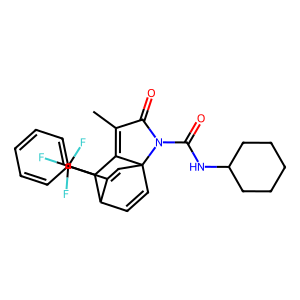
SMILES: CC1=C2C(c3ccccc3)C3C=CC2(C=C3C(F)(F)F)N(C(=O)NC2CCCCC2)C1=O
Inhibits HIV replication: No